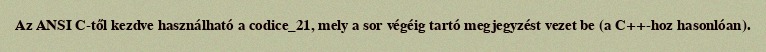
Az ANSI C-től kezdve használható a codice_21, mely a sor végéig tartó megjegyzést vezet be (a C++-hoz hasonlóan).